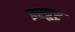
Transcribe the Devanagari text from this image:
इरत्रुष्ट्र